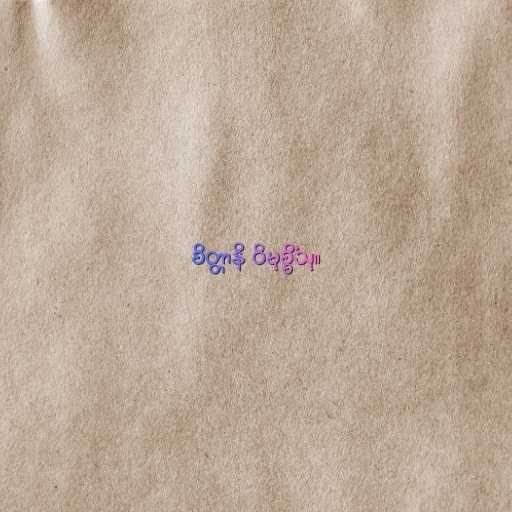
စိတ္တာနိ ဝိမုစ္စိံသု။